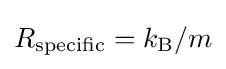
R_{\text{specific}}=k_{\text{B}}/m